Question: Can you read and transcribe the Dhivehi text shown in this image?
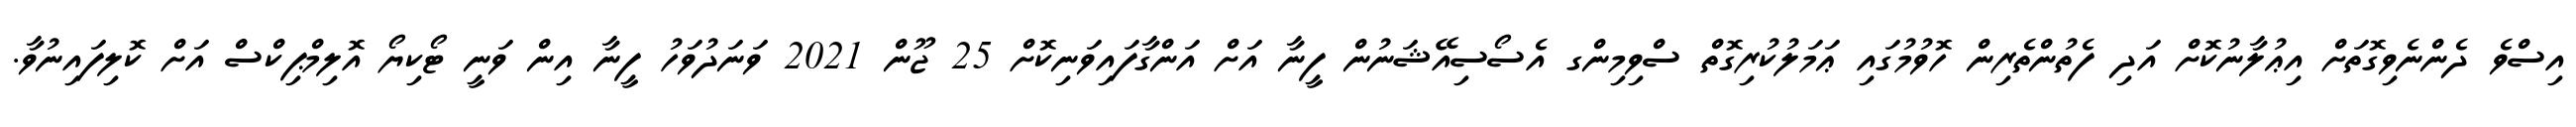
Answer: އިސްވެ ދެންނެވިގޮތަށް އިޢުލާނުކޮށް އަދި ފެތުންތެރިން ހޮވުމުގައި ޢަމަލުކުރިގޮތް ސްވިމިންގ އެސޯސިއޭޝަނުން ފީނާ އަށް އަންގާފައިވަނިކޮށް 25 ޖޫން 2021 ވަނަދުވަހު ފީނާ އިން ވަނީ ޓޯކިޔޯ އޮލިމްޕިކްސް އަށް ކޮލިފައިނުވާ.